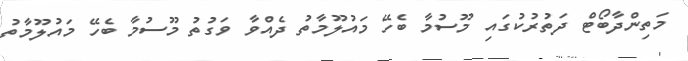
މަތިންދާބޯޓް ދަތުރުކުގައި މޫސުމާ ބެހޭ މައުލޫމާތު ދެއްވާ ވަގުތު މޫސުމާ ބެހޭ މައުލޫމާތު